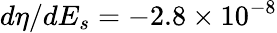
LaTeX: d\eta/dE_{s}=-2.8\times 10^{-8}